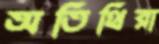
অতিথিরা